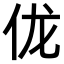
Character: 𫢒